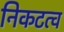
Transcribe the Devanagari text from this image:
निकटत्व